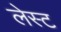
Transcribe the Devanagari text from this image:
लेस्ट